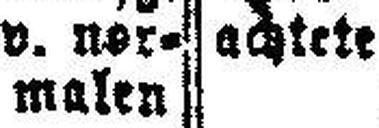
v. ner¬